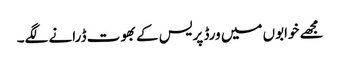
مجھے خوابوں میں ورڈ پریس کے بھوت ڈرانے لگے۔